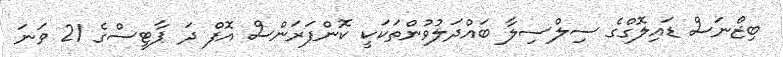
ބިޒްނަސް ޑައިލޮގްގެ ސިލްސިލާ ބައްދަލުވުންތަކަކީ ކޮންފަރަންސް އޮފް ދަ ޕާޓީސްގެ 21 ވަނަ